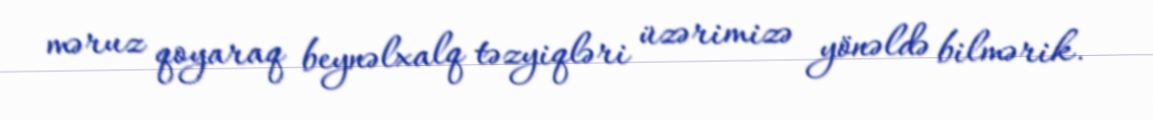
məruz qoyaraq beynəlxalq təzyiqləri üzərimizə yönəldə bilmərik.